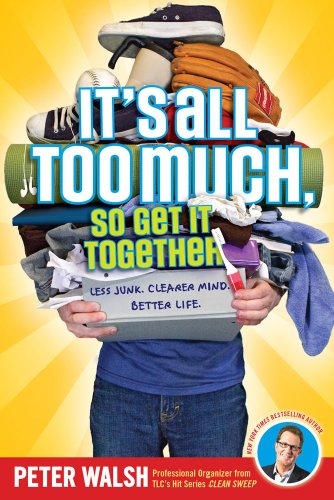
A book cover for It's All Too Much, So Get It Together; Peter Walsh; Crafts, Hobbies & Home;